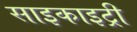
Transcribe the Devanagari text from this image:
साइकाइट्री